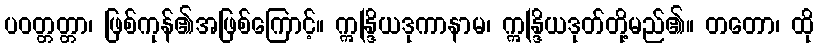
ပဝတ္တတ္တာ၊ ဖြစ်ကုန်၏အဖြစ်ကြောင့်။ ဣန္ဒြိယဒုကာနာမ၊ ဣန္ဒြိယဒုတ်တို့မည်၏။ တတော၊ ထို